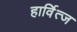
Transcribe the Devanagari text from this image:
हार्वित्ज